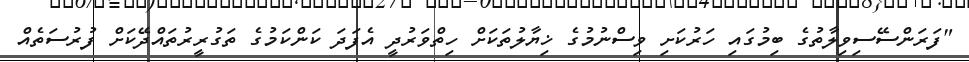
"ފަރަންސޭސިވިލާތުގެ ބިމުގައި ހަރުކަށި ވިސްނުމުގެ ޚިޔާލުތަކަށް ހިތްވަރުދީ އެފަދަ ކަންކަމުގެ ތަގުރީރުތައްދޭކަށް ފުރުސަތެއް